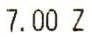
7.00 Z